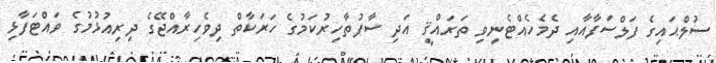
ސުލްޙައިގެ ފަލްސަފާއާއި ދެމެހެއްޓެނިވި ތަރައްޤީ އަދި ސާފުތާހިރުކަމުގެ ހަރަކާތް ދިވެހިރާއްޖޭގެ ދިރިއުޅުމުގެ ވައްޓަފާޅި